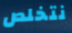
نتخلص